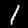
Label: 1